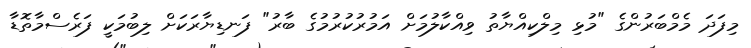
މިފަދަ މެމްބަރުންގެ "މުޅި މިލްކިއްޔާތު ވިއްކާލުމަށް އަމުރުކުރުމުގެ ބާރު" ފަނޑިޔާރަކަށް ލިބުމަކީ ފަރެސްމާތޮޑާ